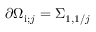
\partial \Omega _ { \mathrm { i } ; j } = \Sigma _ { 1 , 1 / j }